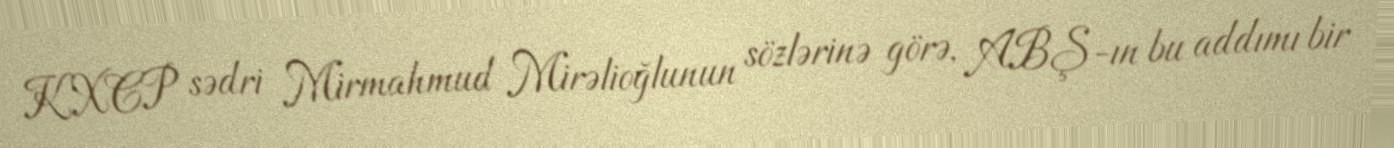
KXCP sədri Mirmahmud Mirəlioğlunun sözlərinə görə, ABŞ-ın bu addımı bir